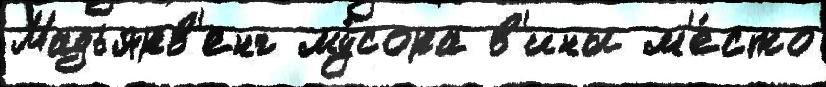
Мадьярв'енг му́сора в'ины м'е́сто